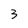
Character: 3